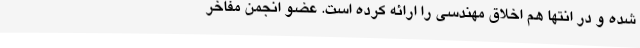
شده و در انتها هم اخلاق مهندسی را ارائه کرده است. عضو انجمن مفاخر